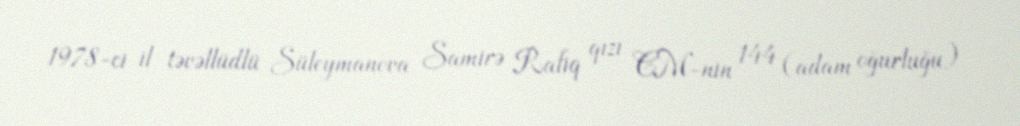
1978-ci il təvəllüdlü Süleymanova Samirə Rafiq qızı CM-nin 144 (adam oğurluğu)